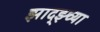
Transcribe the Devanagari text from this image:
झाद्झ्च्या